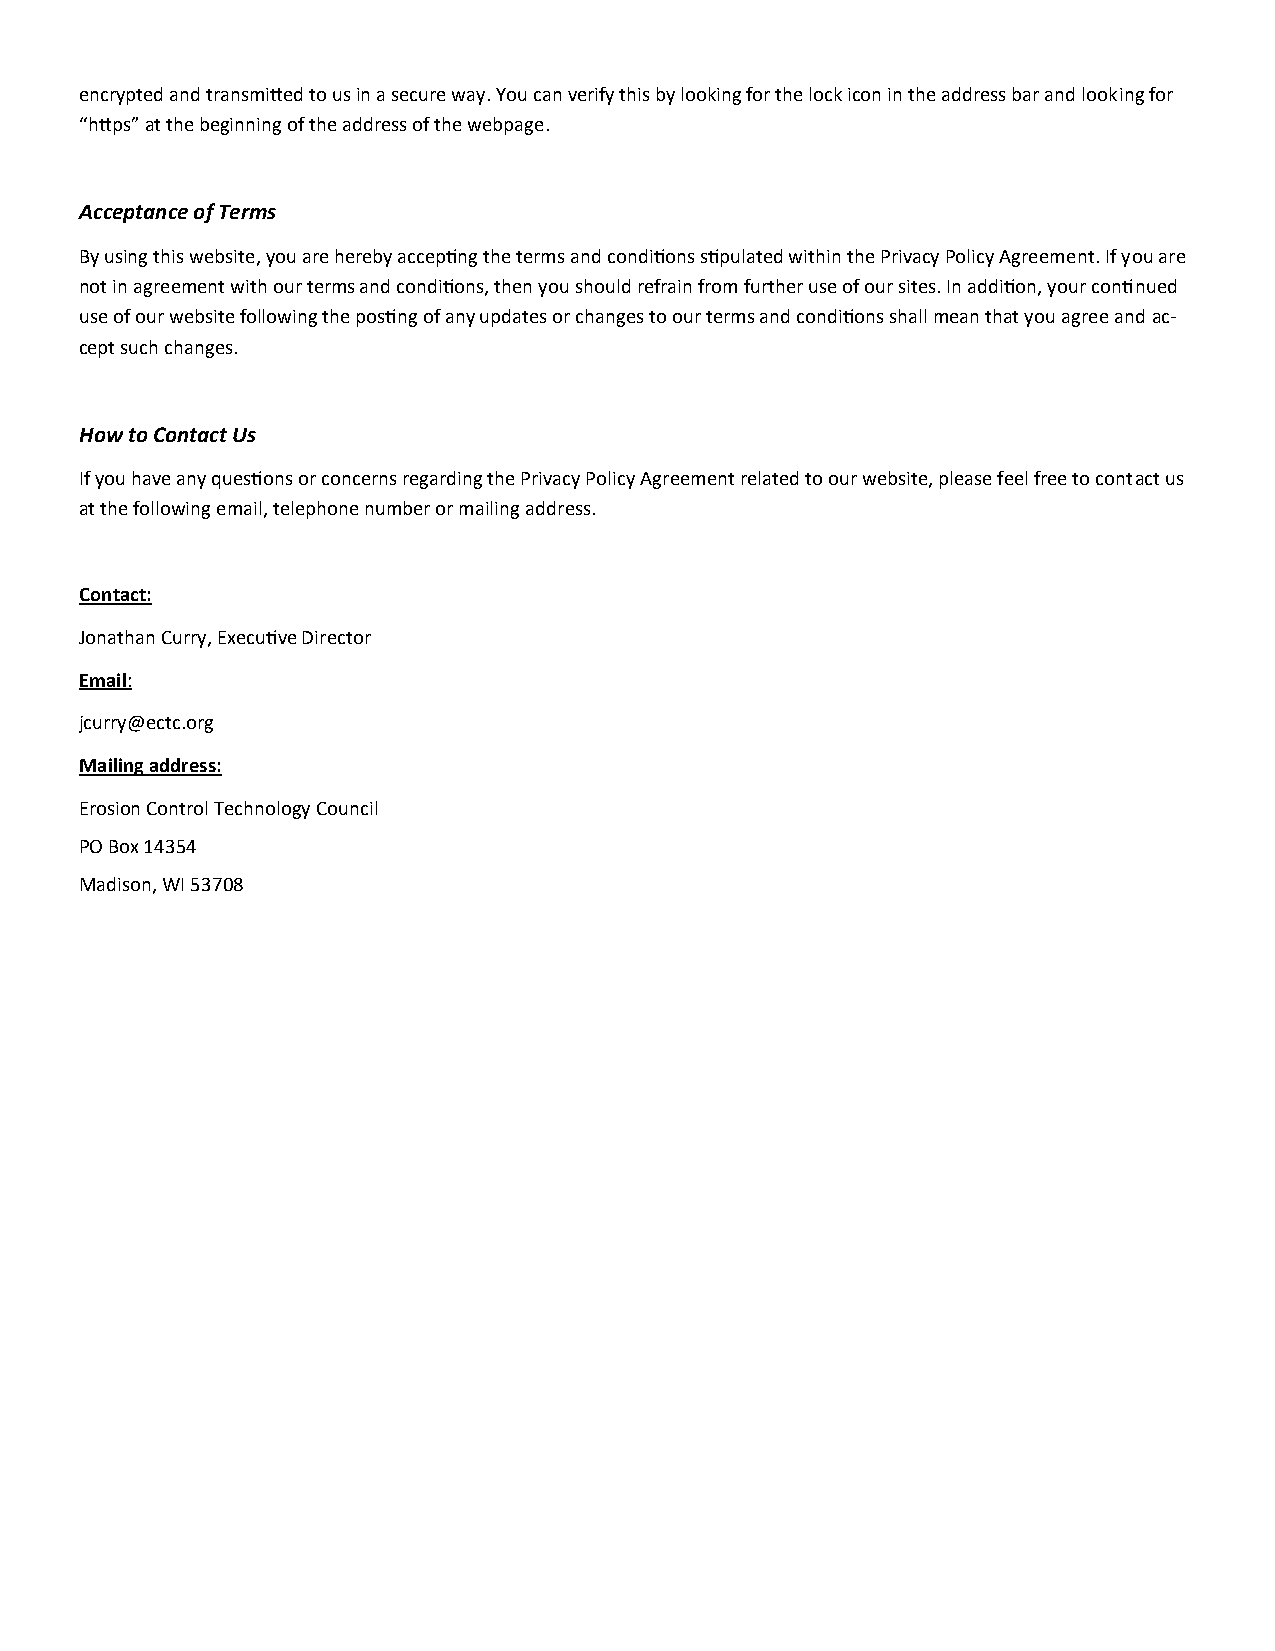
encrypted and transmitted to us in a secure way. You can verify this by looking for the lock icon in the address bar and looking for
 “https” at the beginning of the address of the webpage.
 Acceptance of Terms
 By using this website, you are hereby accepting the terms and conditions stipulated within the Privacy Policy Agreement. If you are
 not in agreement with our terms and conditions, then you should refrain from further use of our sites. In addition, your continued
 use of our website following the posting of any updates or changes to our terms and conditions shall mean that you agree and ac-
 cept such changes.
 How to Contact Us
 If you have any questions or concerns regarding the Privacy Policy Agreement related to our website, please feel free to contact us
 at the following email, telephone number or mailing address.
 Contact:
 Jonathan Curry, Executive Director
 Email:
 jcurry@ectc.org
 Mailing address:
 Erosion Control Technology Council
 PO Box 14354
 Madison, WI 53708